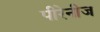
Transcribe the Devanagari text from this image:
पीरेनीज